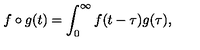
f \circ g ( t ) = \int _ { 0 } ^ { \infty } f ( t - \tau ) g ( \tau ) ,